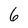
Character: 6